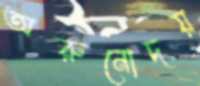
অরুনোদয়